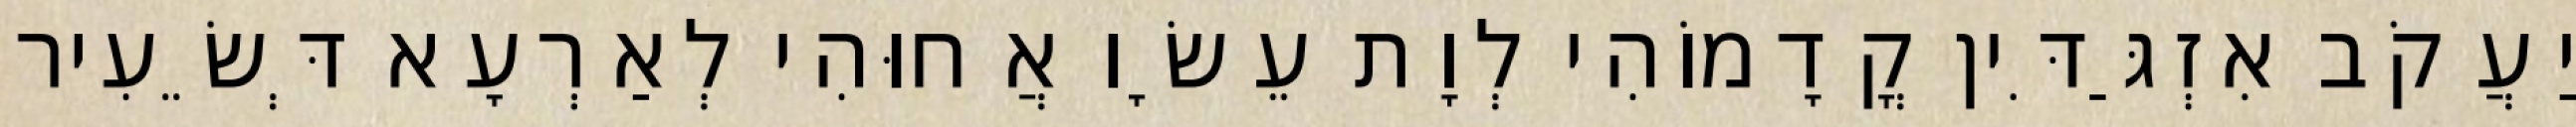
יַעֲקֹב אִזְגַּדִּין קֳדָמוֹהִי לְוָת עֵשָׂו אֲחוּהִי לְאַרְעָא דְּשֵׂעִיר